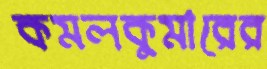
কমলকুমারের